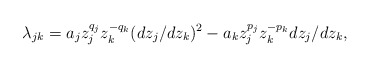
\begin{align*}\lambda_{jk} = a_jz_j^{q_j}z_k^{-q_k} (dz_j/dz_k)^2 - a_k z_j^{p_j}z_k^{-p_k}dz_j/dz_k,\end{align*}